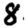
Digit: 8